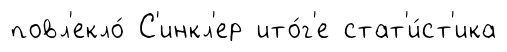
повл'екло́ С'инкл'ер ито́г'е стат'и́ст'ика